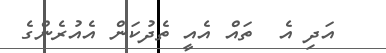
އަދި އެ  ތައް އެއީ ތެދުކަން އެއުރެންގެ